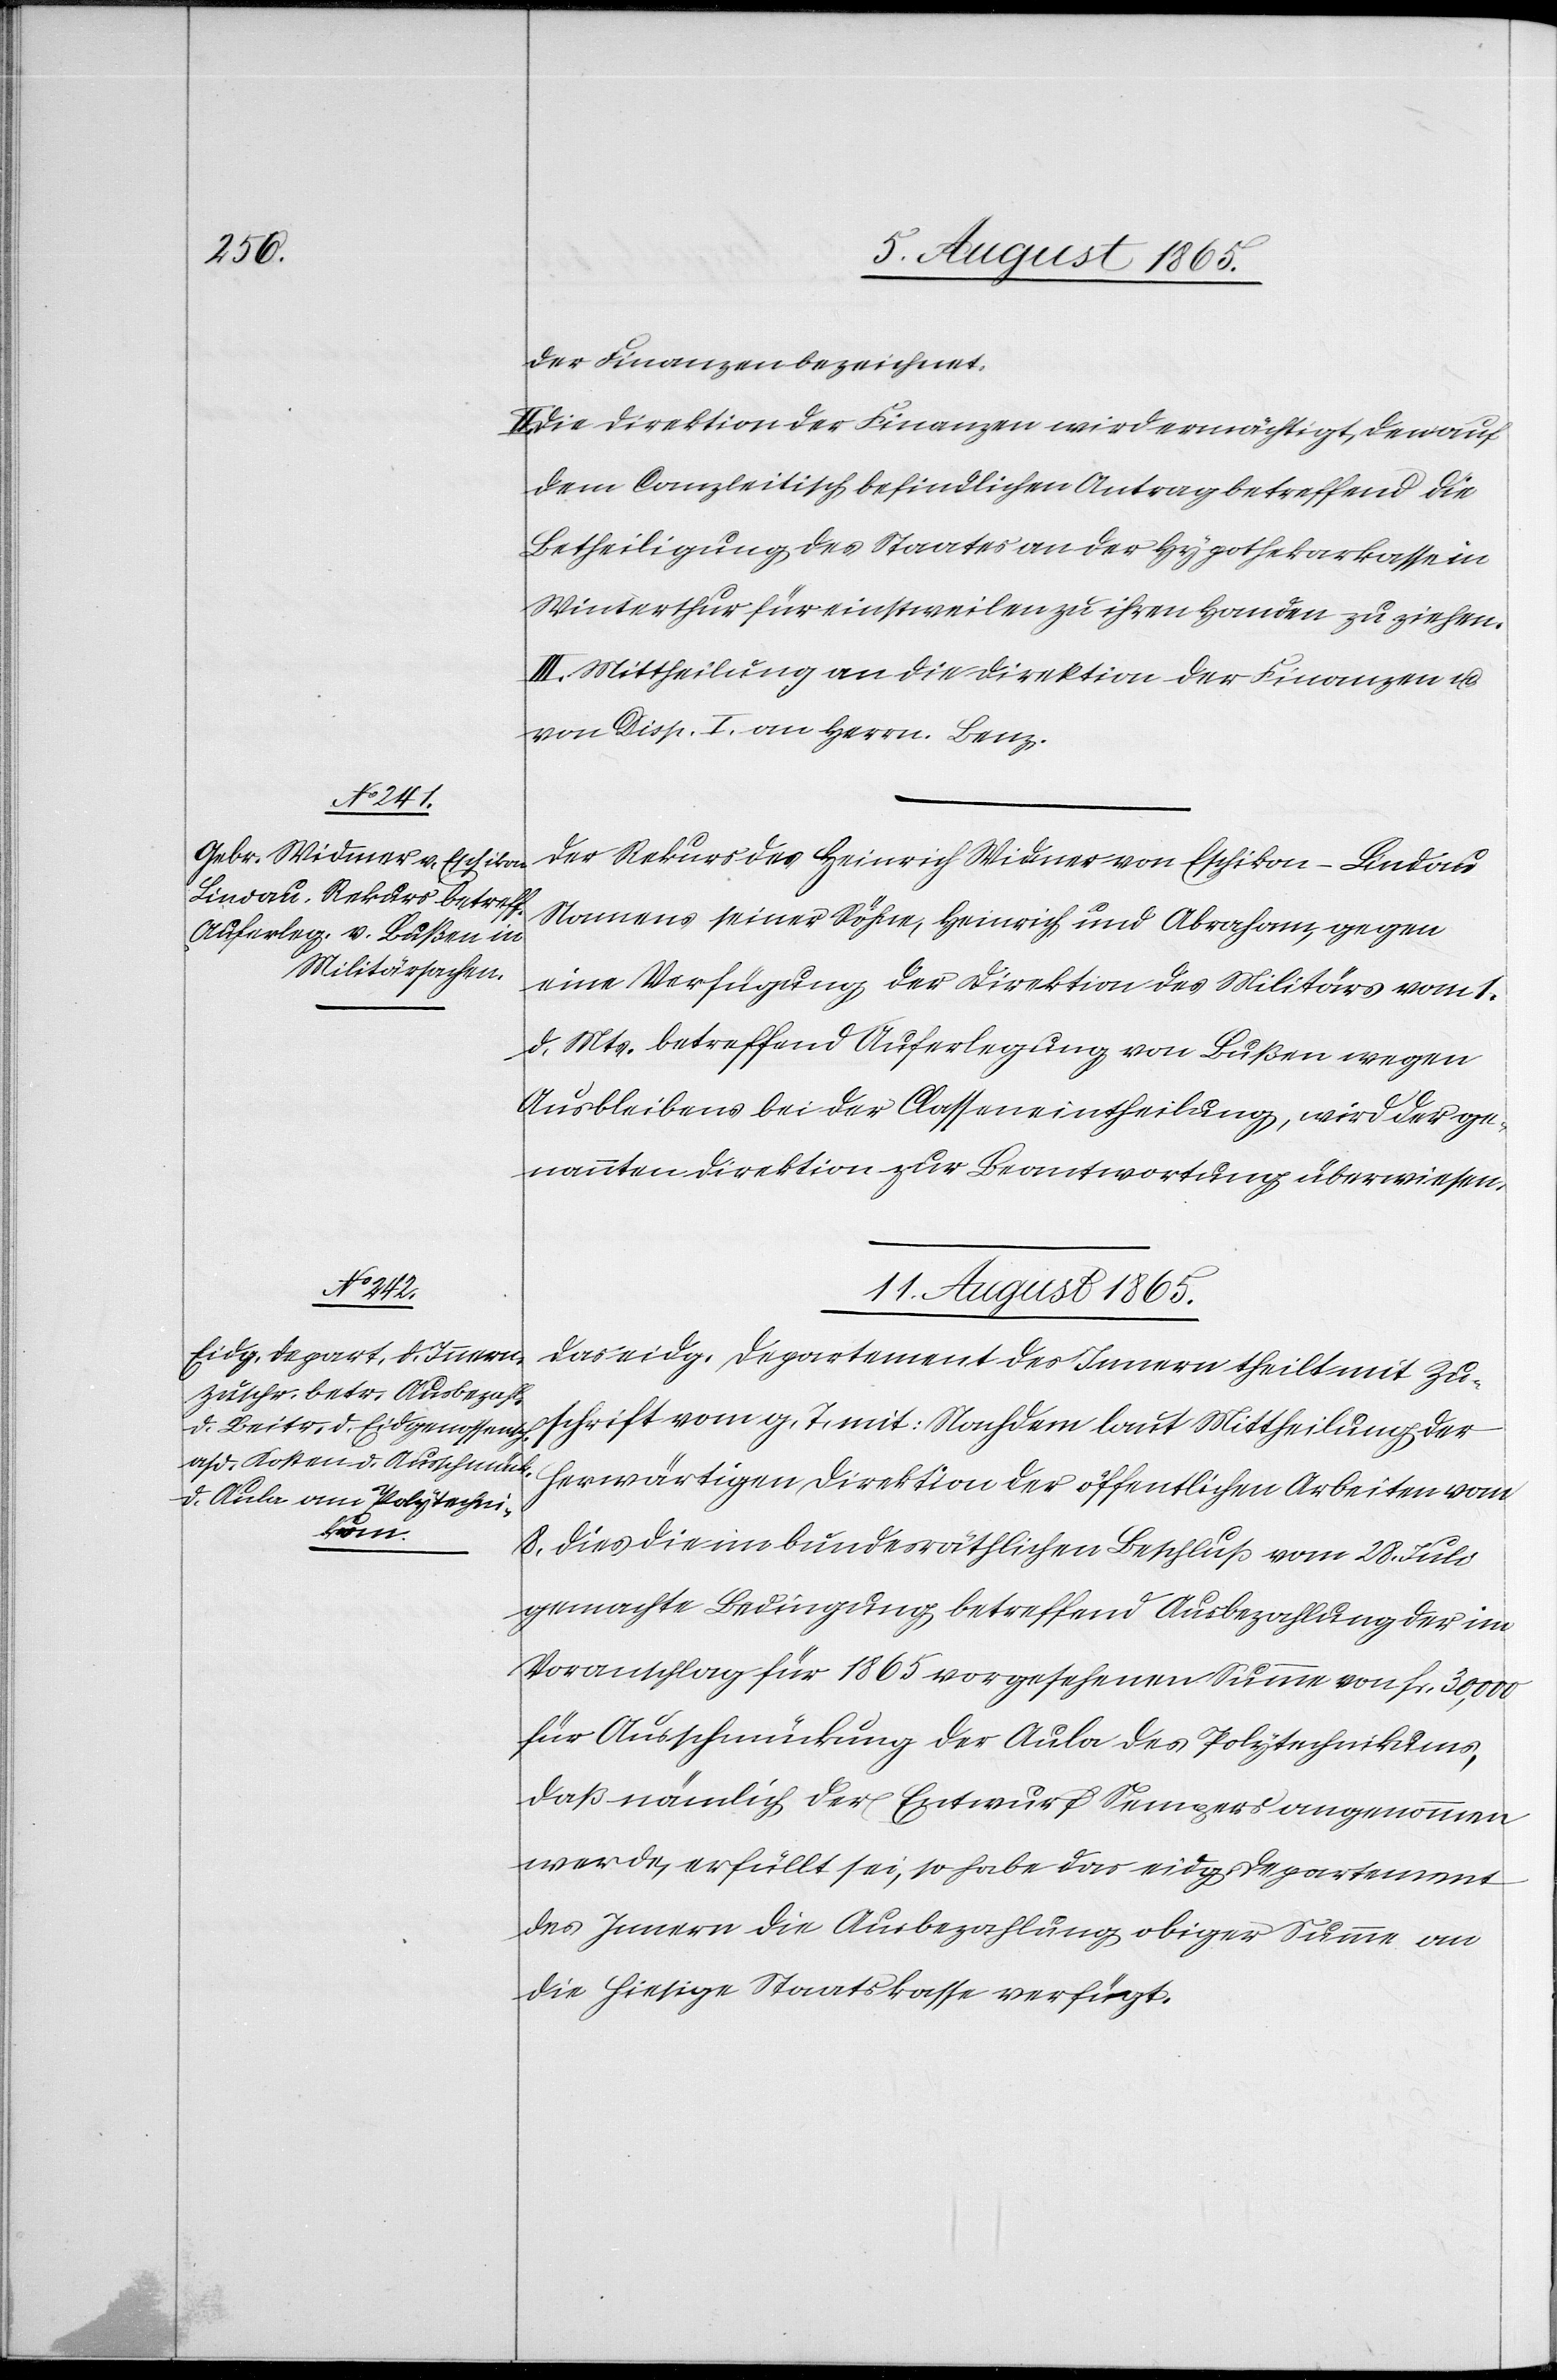
der Finanzen bezeichnet.
Die Direktion der Finanzen wird ermächtigt, den auf
dem Canzleitisch befindlichen Antrag betreffend die
Betheiligung des Staates an der Hypothekarkasse in
Winterthur für einstweilen zu ihren Handen zu ziehen.
III. Mittheilung an die Direktion der Finanzen u.
von Disp. I. an Herrn Benz.
Der Rekurs des Heinrich Widmer von Eschikon-Lindau
Namens seiner Söhne, Heinrich und Abraham, gegen
eine Verfügung der Direktion des Militärs vom 1.
d. Mts. betreffend Auferlegung von Bußen wegen
Ausbleibens bei der Classeneintheilung, wird der ge¬
nannten Direktion zur Beantwortung überwiesen.
11. August 1865.
Das eidg. Departement des Innern theilt mit Zu¬
schrift vom g. T. mit: Nachdem laut Mittheilung der
herwärtigen Direktion der öffentlichen Arbeiten vom
8. dies die im bundesräthlichen Beschluß vom 28. Juli
gemachte Bedingung betreffend Ausbezahlung der im
Voranschlag für 1865 vorgesehenen Summe von fr. 30,000
für Ausschmückung der Aula des Polytechnikums,
daß nämlich der Entwurf Sempers angenommen
werde, erfüllt sei, so habe das eidg. Departement
des Innern die Ausbezahlung obiger Summe an
die hiesige Staatskasse verfügt.